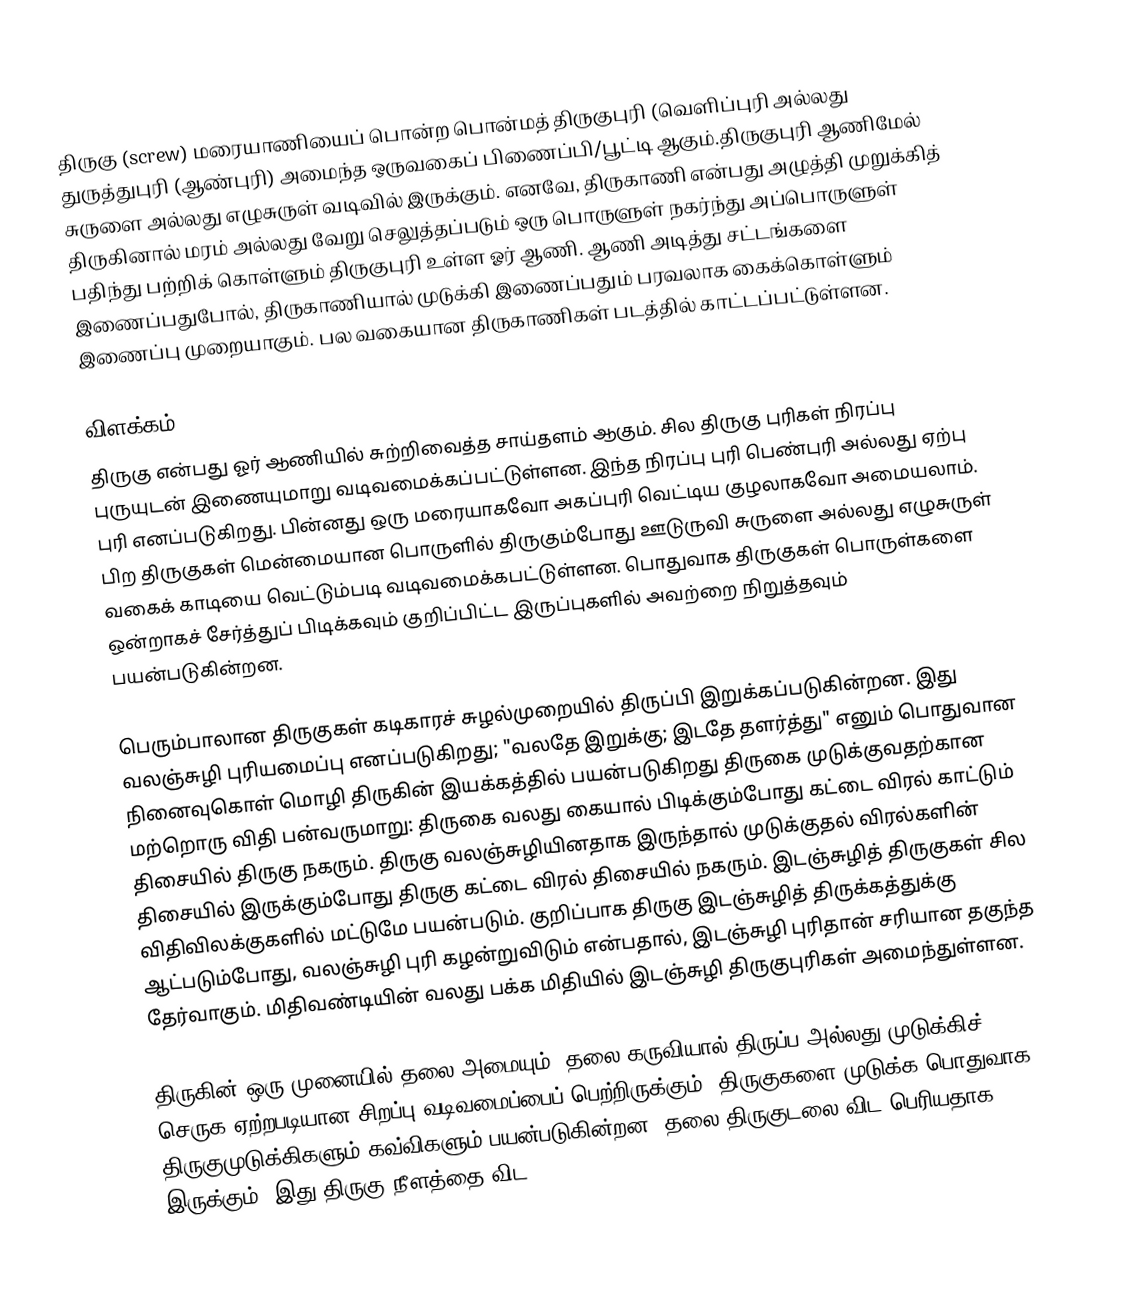
திருகு (screw)  மரையாணியைப் பொன்ற பொன்மத் திருகுபுரி (வெளிப்புரி அல்லது துருத்துபுரி (ஆண்புரி) அமைந்த ஒருவகைப் பிணைப்பி/பூட்டி ஆகும்.திருகுபுரி ஆணிமேல் சுருளை அல்லது எழுசுருள் வடிவில் இருக்கும். எனவே, திருகாணி என்பது அழுத்தி முறுக்கித் திருகினால் மரம் அல்லது வேறு செலுத்தப்படும் ஒரு பொருளுள் நகர்ந்து அப்பொருளுள் பதிந்து பற்றிக் கொள்ளும் திருகுபுரி உள்ள ஓர் ஆணி. ஆணி அடித்து சட்டங்களை இணைப்பதுபோல், திருகாணியால் முடுக்கி இணைப்பதும் பரவலாக கைக்கொள்ளும் இணைப்பு முறையாகும். பல வகையான திருகாணிகள் படத்தில் காட்டப்பட்டுள்ளன.

விளக்கம்
திருகு என்பது ஓர் ஆணியில் சுற்றிவைத்த சாய்தளம் ஆகும்.   சில திருகு புரிகள் நிரப்பு புருயுடன் இணையுமாறு வடிவமைக்கப்பட்டுள்ளன. இந்த நிரப்பு புரி  பெண்புரி   அல்லது ஏற்பு புரி   எனப்படுகிறது. பின்னது ஒரு மரையாகவோ அகப்புரி வெட்டிய குழலாகவோ அமையலாம்.  பிற திருகுகள் மென்மையான பொருளில் திருகும்போது ஊடுருவி சுருளை அல்லது எழுசுருள் வகைக் காடியை வெட்டும்படி வடிவமைக்கபட்டுள்ளன. பொதுவாக திருகுகள் பொருள்களை ஒன்றாகச் சேர்த்துப் பிடிக்கவும் குறிப்பிட்ட இருப்புகளில் அவற்றை நிறுத்தவும் பயன்படுகின்றன.

பெரும்பாலான திருகுகள் கடிகாரச் சுழல்முறையில் திருப்பி இறுக்கப்படுகின்றன. இது வலஞ்சுழி புரியமைப்பு எனப்படுகிறது; "வலதே இறுக்கு; இடதே தளர்த்து" எனும் பொதுவான நினைவுகொள் மொழி திருகின் இயக்கத்தில் பயன்படுகிறது திருகை முடுக்குவதற்கான மற்றொரு விதி பன்வருமாறு: திருகை வலது கையால் பிடிக்கும்போது கட்டை விரல் காட்டும் திசையில் திருகு நகரும். திருகு வலஞ்சுழியினதாக இருந்தால் முடுக்குதல் விரல்களின் திசையில் இருக்கும்போது திருகு கட்டை விரல் திசையில் நகரும். இடஞ்சுழித் திருகுகள் சில விதிவிலக்குகளில் மட்டுமே பயன்படும். குறிப்பாக திருகு இடஞ்சுழித் திருக்கத்துக்கு ஆட்படும்போது, வலஞ்சுழி புரி கழன்றுவிடும் என்பதால், இடஞ்சுழி புரிதான் சரியான தகுந்த தேர்வாகும். மிதிவண்டியின் வலது பக்க மிதியில் இடஞ்சுழி திருகுபுரிகள் அமைந்துள்ளன.

திருகின் ஒரு முனையில்  தலை அமையும். தலை கருவியால் திருப்ப அல்லது முடுக்கிச் செருக ஏற்றபடியான சிறப்பு வடிவமைப்பைப் பெற்றிருக்கும். திருகுகளை முடுக்க பொதுவாக திருகுமுடுக்கிகளும் கவ்விகளும் பயன்படுகின்றன. தலை திருகுடலை விட பெரியதாக இருக்கும். இது திருகு நீளத்தை விட